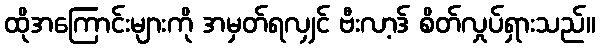
ထိုအကြောင်းများကို အမှတ်ရလျှင် ဗီးလာ့ဒ် စိတ်လှုပ်ရှားသည်။